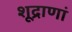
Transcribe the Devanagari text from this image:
शूद्राणां